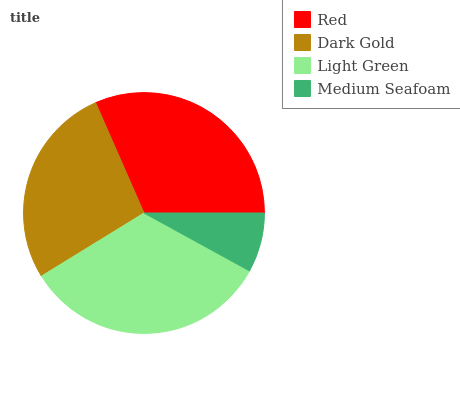
| Red | Dark Gold | Light Green | Medium Seafoam |
 | --- | --- | --- | --- |
 | 31.5% | 27.2% | 33.3% | 7.99% |